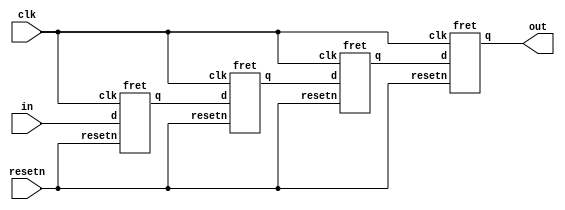
module top_module (
    input clk,
    input resetn,   // synchronous reset
    input in,
    output out);
    wire q1,q2,q3;

    fret a1(clk,resetn,in,q1);
    fret a2(clk,resetn,q1,q2);
    fret a3(clk,resetn,q2,q3);
    fret a4(clk,resetn,q3,out);
    

endmodule
module fret(input clk,input resetn, input d,output reg q);
    always @(posedge clk) begin
        if(~resetn)
           q  <= 0;
         else 
        	q <= d;
    end
endmodule